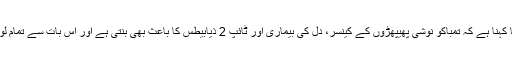
ڈاکٹر ووٹن کا کہنا ہے کہ تمباکو نوشی پھیپھڑوں کے کینسر، دل کی بیماری اور ٹائپ 2 ذیابیطس کا باعث بھی بنتی ہے اور اس بات سے تمام لوگ باخبر ہیں۔